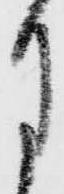
月